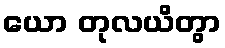
ယော တုလယိတွာ